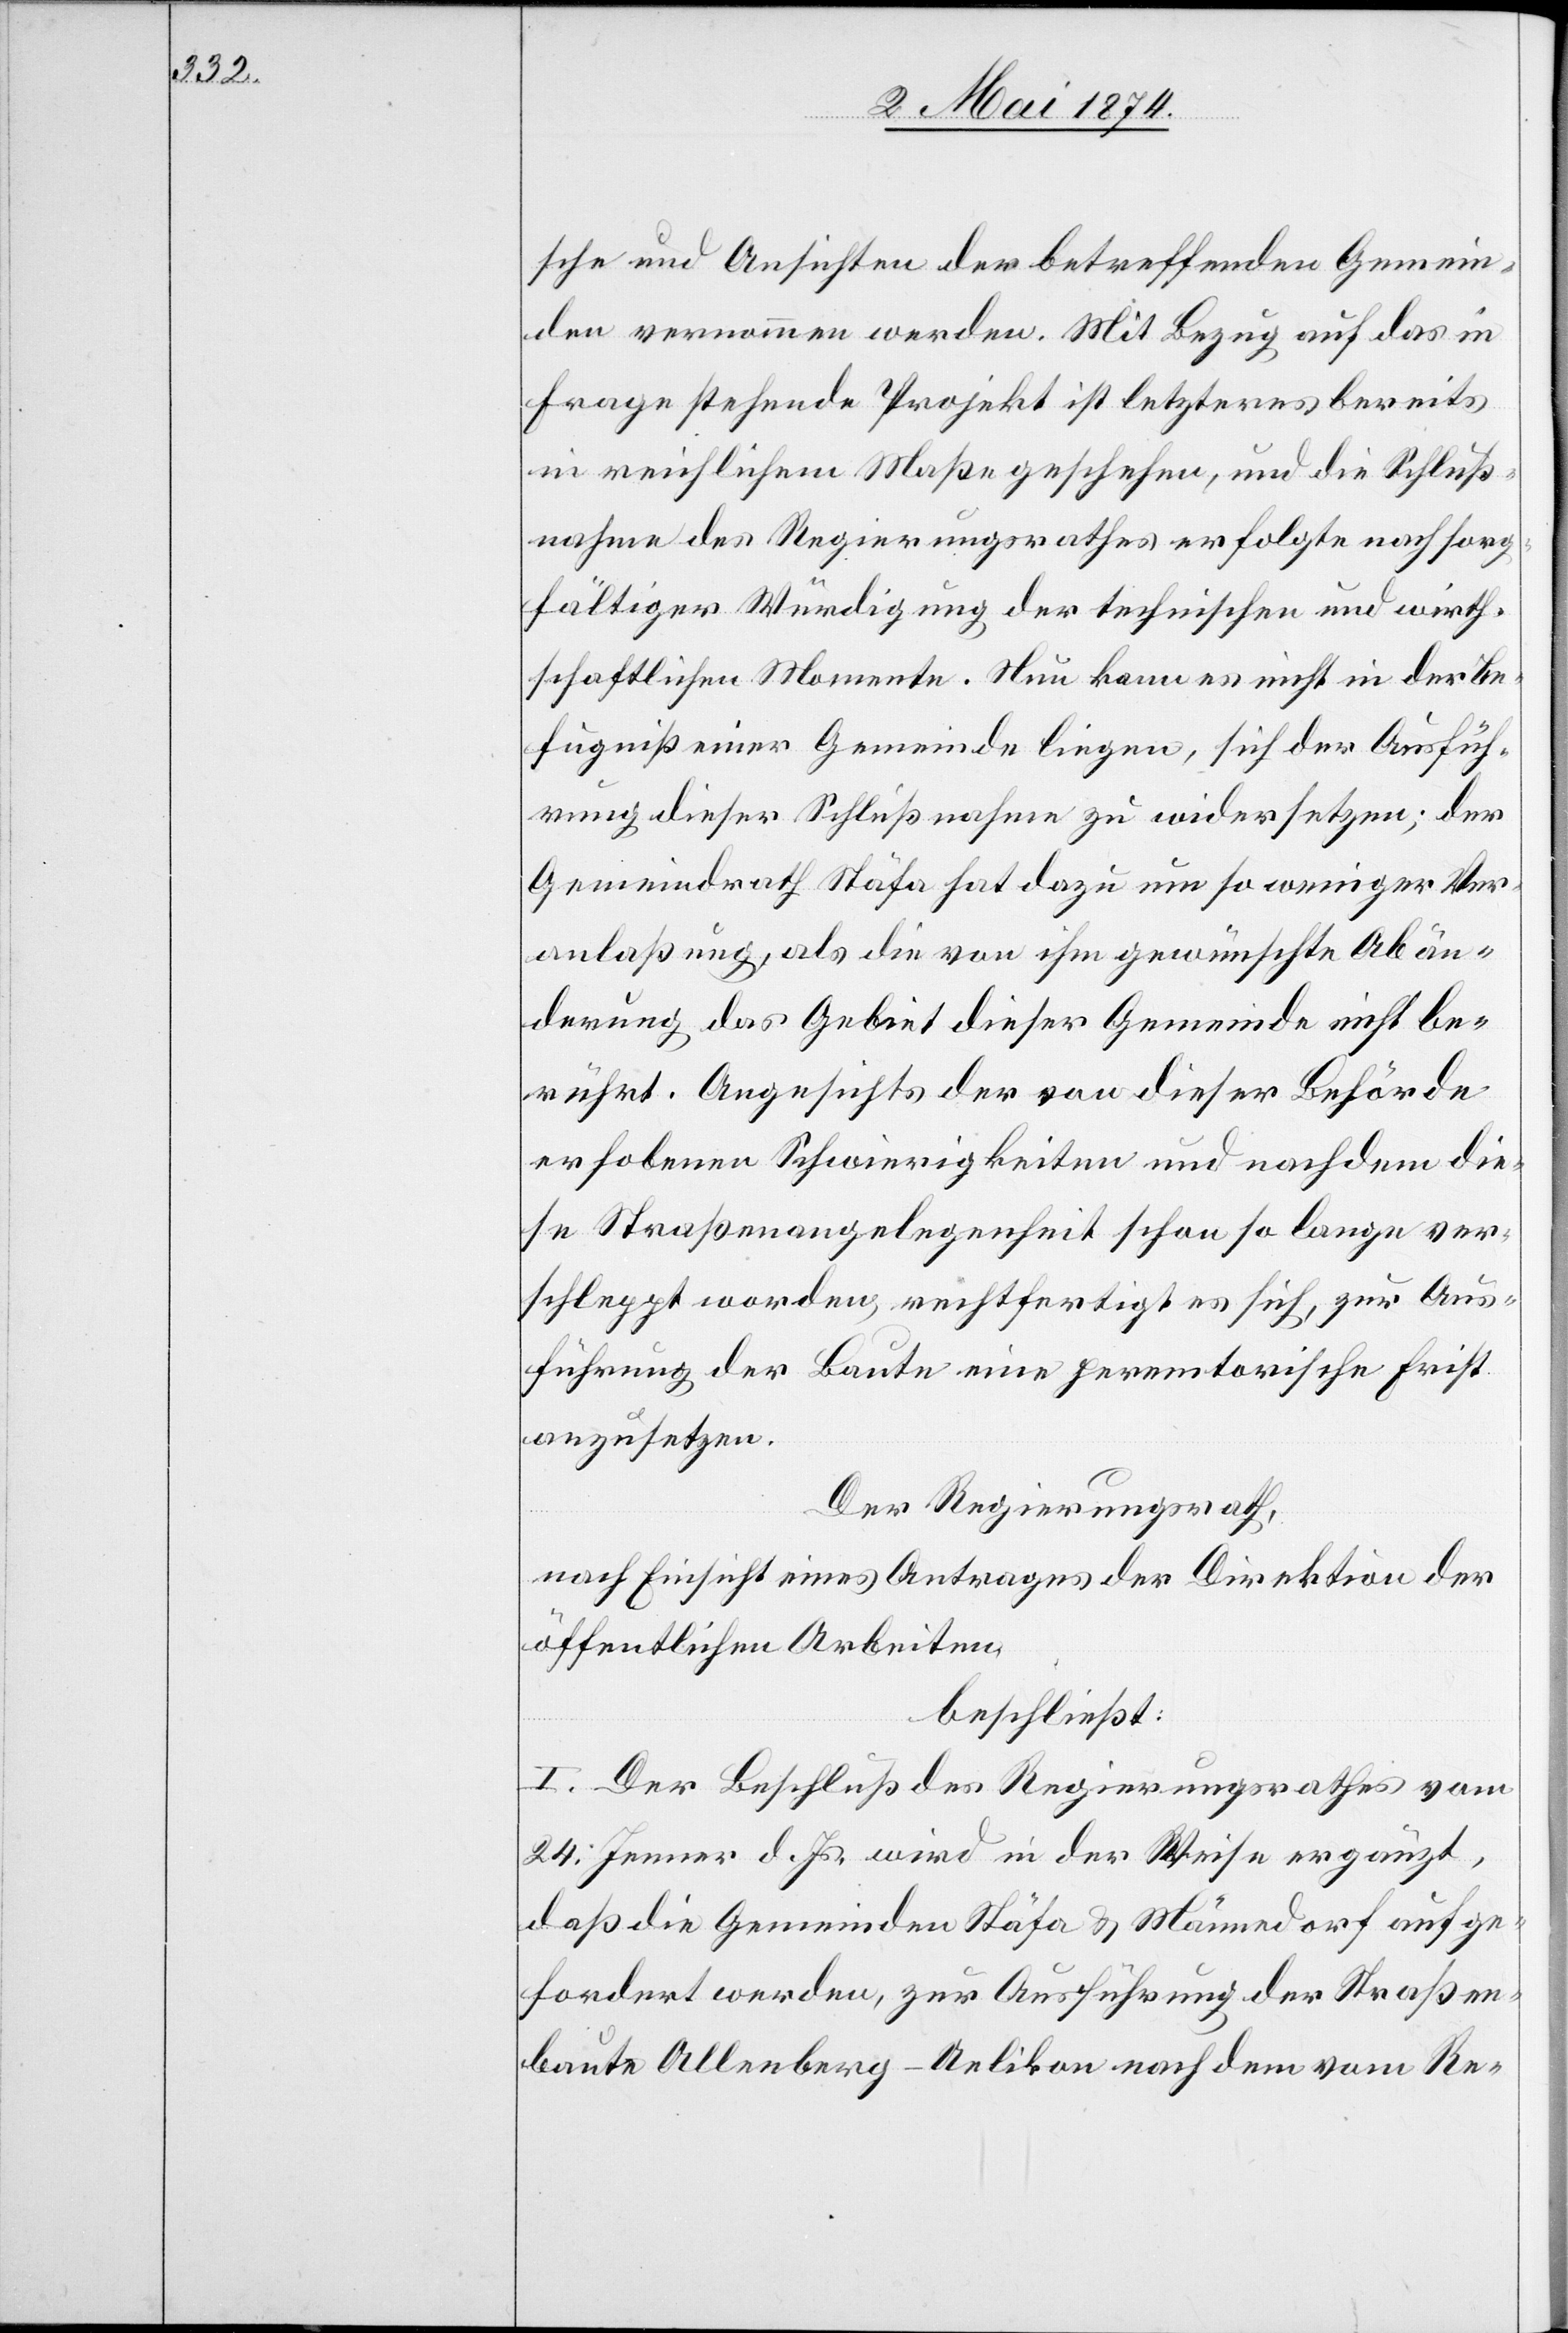
sche und Ansichten der betreffenden Gemein¬
den vernommen werden. Mit Bezug auf das in
Frage stehende Projekt ist letzteres bereits
in reichlichem Maße geschehen, und die Schluß¬
nahme des Regierungsrathes erfolgte nach sorg¬
fältiger Würdigung der technischen und wirth¬
schaftlichen Momente. Neu kann es nicht in der Be¬
fugniß einer Gemeinde liegen, sich der Ausfüh¬
rung dieser Schlußnahme zu widersetzen; der
Gemeindrath Stäfa hat dazu um so weniger Ver¬
anlaßung, als die von ihm gewünschte Abän¬
derung das Gebiet dieser Gemeinde nicht be¬
rührt. Angesichts der von dieser Behörde
erhobenen Schwierigkeiten und nachdem die¬
se Straßenangelegenheit schon so lange ver¬
schleppt worden, rechtfertigt es sich, zur Aus¬
führung der Baute eine peremtorische Frist
anzusetzen.
Der Regierungsrath,
nach Einsicht eines Antrages der Direktion der
öffentlichen Arbeiten,
beschließt:
I. Der Beschluß des Regierungsrathes vom
24. Jenner d. Js. wird in der Weise ergänzt,
daß die Gemeinden Stäfa u. Männedorf aufge¬
fordert werden, zur Ausführung der Straßen¬
baute Allenberg-Uelikon nach dem vom Re-